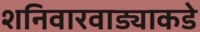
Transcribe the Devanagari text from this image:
शनिवारवाड्याकडे